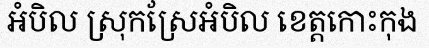
អំបិល ស្រុកស្រែអំបិល ខេត្តកោះកុង